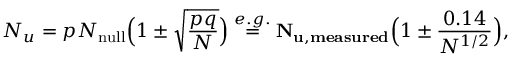
N _ { u } = p N _ { \mathrm { n u l l } } \Big ( 1 \pm \sqrt { \frac { p q } { N } } \Big ) \overset { e . g . } { \ = \ } { \bf N _ { u , m e a s u r e d } } \Big ( 1 \pm \frac { 0 . 1 4 } { N ^ { 1 / 2 } } \Big ) ,